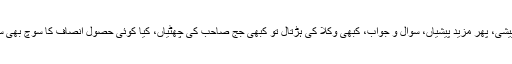
پیشی پہ پیشی، پھر مزید پیشیاں، سوال و جواب، کبھی وکلا کی ہڑتال تو کبھی جج صاحب کی چھٹیاں، کیا کوئی حصول انصاف کا سوچ بھی سکتا ہے؟